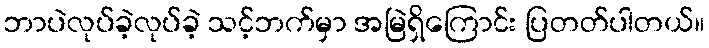
ဘာပဲလုပ်ခဲ့လုပ်ခဲ့ သင့်ဘက်မှာ အမြဲရှိကြောင်း ပြတတ်ပါတယ်။